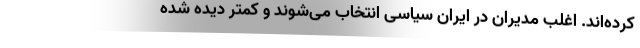
کرده‌اند. اغلب مدیران در ایران سیاسی انتخاب می‌شوند و کمتر دیده شده